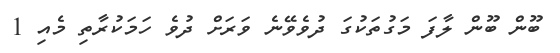
ބޫން ބޫން ލާފަ މަގުތަކުގަ ދުވެވޭނެ ވަރަށް ދުވެ ހަމަކުރާތި މެއި 1